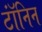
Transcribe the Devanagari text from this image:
टॉंनिन